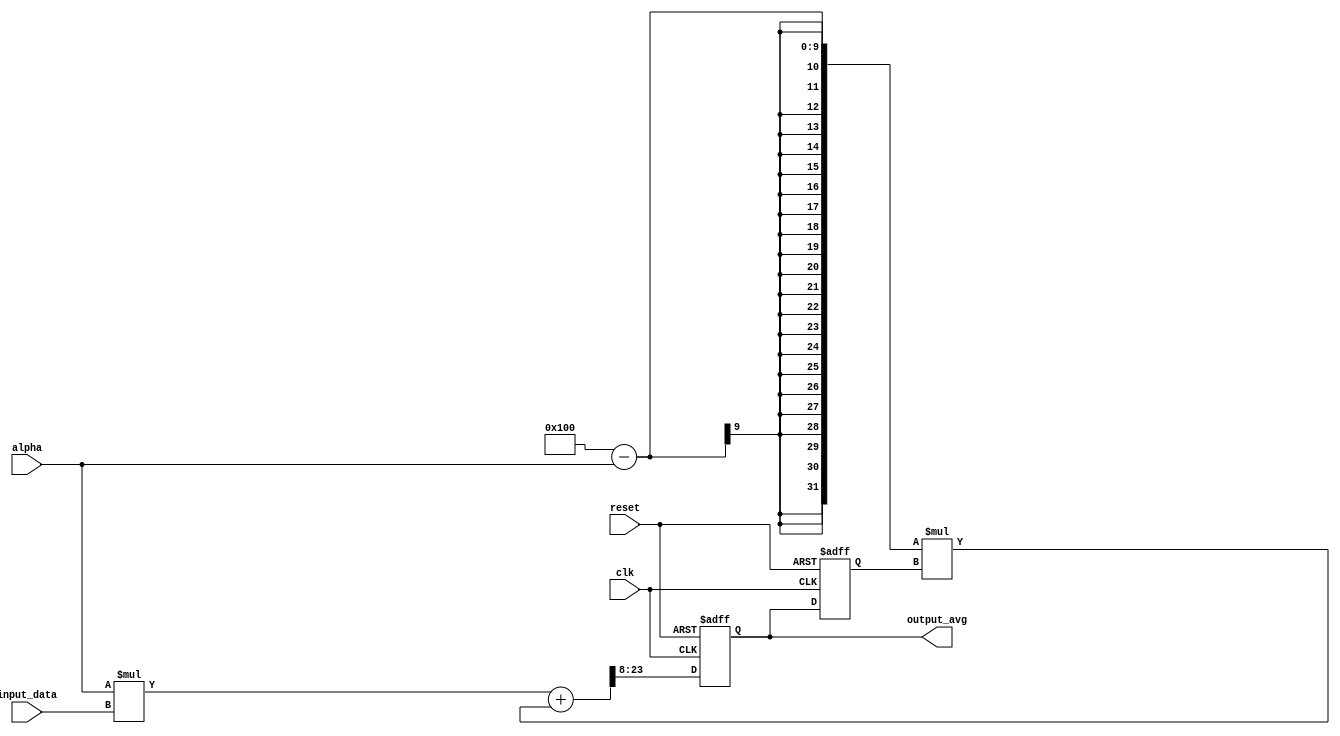
module ExpMovingAvgAccumulator (
    input wire clk,              // Clock signal
    input wire reset,            // Reset signal
    input wire [7:0] input_data, // Input data signal
    input wire [7:0] alpha,      // Smoothing factor signal
    output reg [15:0] output_avg // Output moving average signal
);

reg [15:0] prev_avg;   

always @(posedge clk or posedge reset) begin
    if (reset) begin
        prev_avg <= 8'b0;   // Initialize the previous average value
        output_avg <= 16'b0;   // Initialize the output moving average value
    end else begin
        prev_avg <= output_avg;   
        output_avg <= (alpha * input_data) + ((256 - alpha) * prev_avg) >> 8; // Calculate the new moving average value
    end
end

endmodule